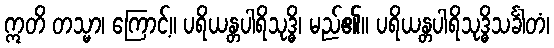
ဣတိ တသ္မာ၊ ကြောင့်။ ပရိယန္တပါရိသုဒ္ဓိ၊ မည်၏။ ပရိယန္တပါရိသုဒ္ဓိသင်္ခါတံ၊